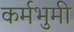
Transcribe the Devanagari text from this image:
कर्मभुमी